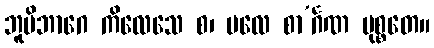
ဘူမိဘာဂေ ကိလေသေ စ၊ မလေ စာ’င်္ဂဏ မုစ္စတေ။